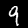
Label: 9